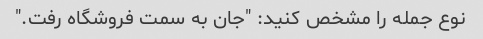
نوع جمله را مشخص کنید: "جان به سمت فروشگاه رفت."